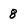
Character: 8